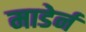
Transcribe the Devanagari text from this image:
माडेर्न